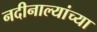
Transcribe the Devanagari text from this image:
नदीनाल्यांच्या